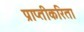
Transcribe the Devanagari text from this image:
प्राप्तीकरिता